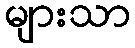
များသာ